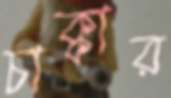
চাক্কার